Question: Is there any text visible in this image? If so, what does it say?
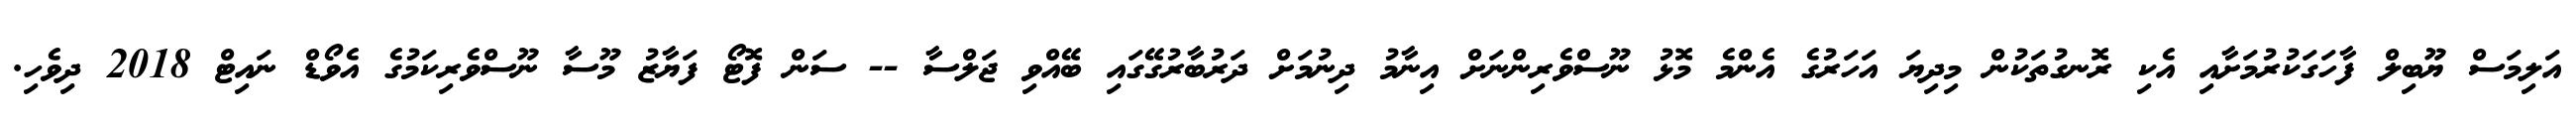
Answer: އަލިމަސް ޔޫބިލް ފާހަގަކުރުމަށާއި އެކި ރޮނގުތަކުން މިދިޔަ އަހަރުގެ އެންމެ މޮޅު ނޫސްވެރިންނަށް އިނާމު ދިނުމަށް ދަރުބާރުގޭގައި ބޭއްވި ޖަލްސާ -- ސަން ފޮޓޯ ފަޔާޒު މޫސާ ނޫސްވެރިކަމުގެ އެވޯޑް ނައިޓް 2018 ދިވެހި.